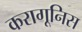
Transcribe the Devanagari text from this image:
करागूनिस